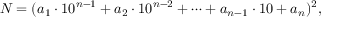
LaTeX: N = ( a _ { 1 } \cdot 1 0 ^ { n - 1 } + a _ { 2 } \cdot 1 0 ^ { n - 2 } + \cdots + a _ { n - 1 } \cdot 1 0 + a _ { n } ) ^ { 2 } ,